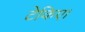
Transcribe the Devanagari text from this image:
टेकिए।